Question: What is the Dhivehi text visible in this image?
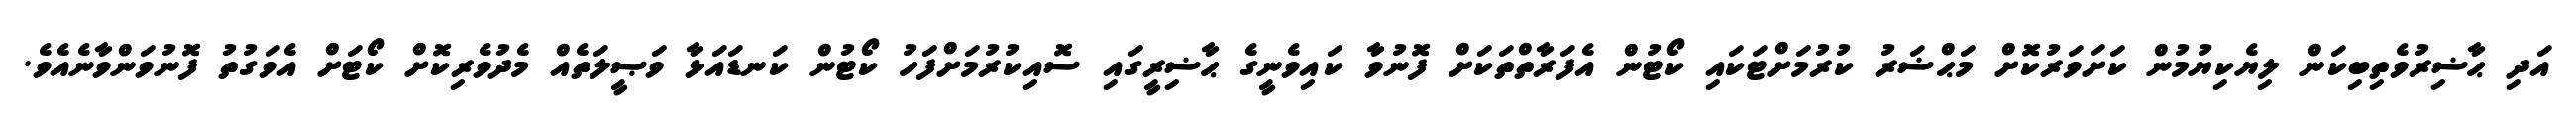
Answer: އަދި ޙާޟިރުވެތިބިކަން ލިޔެކިޔުމުން ކަށަވަރުކޮށް މަޙްޟަރު ކުރުމަށްޓަކައި ކޯޓުން އެފަރާތްތަކަށް ފޮނުވާ ކައިވެނީގެ ޙާޟިރީގައި ސޮއިކުރުމަށްފަހު ކޯޓުން ކަނޑައަޅާ ވަޞީލަތެއް މެދުވެރިކޮށް ކޯޓަށް އެވަގުތު ފޮނުވަންވާނެއެވެ.